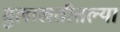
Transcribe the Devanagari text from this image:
मुलाखतीतल्या